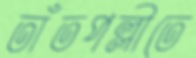
তাঁতপল্লীতে